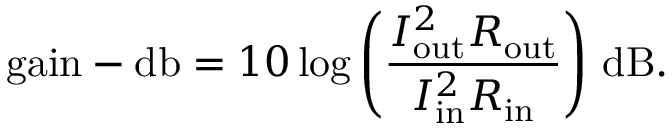
{ \mathrm { g a i n - d b } } = 1 0 \log { \left( { \frac { I _ { \mathrm { o u t } } ^ { 2 } R _ { \mathrm { o u t } } } { I _ { \mathrm { i n } } ^ { 2 } R _ { \mathrm { i n } } } } \right) } ~ { \mathrm { d B } } .